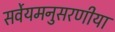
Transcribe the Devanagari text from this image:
सर्वेयमनुसरणीया